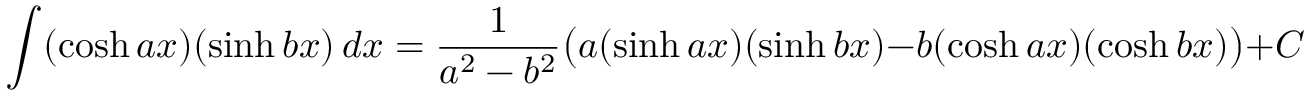
\int ( \cosh a x ) ( \sinh b x ) \, d x = { \frac { 1 } { a ^ { 2 } - b ^ { 2 } } } { \big ( } a ( \sinh a x ) ( \sinh b x ) - b ( \cosh a x ) ( \cosh b x ) { \big ) } + C \qquad { \mathrm { ( f o r ~ } } a ^ { 2 } \neq b ^ { 2 } { \mathrm { ) } }